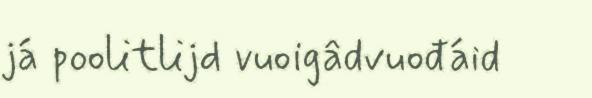
já poolitlijd vuoigâdvuođáid